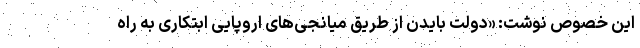
این خصوص نوشت: «دولت بایدن از طریق میانجی‌های اروپایی ابتکاری به راه